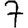
Digit: 7